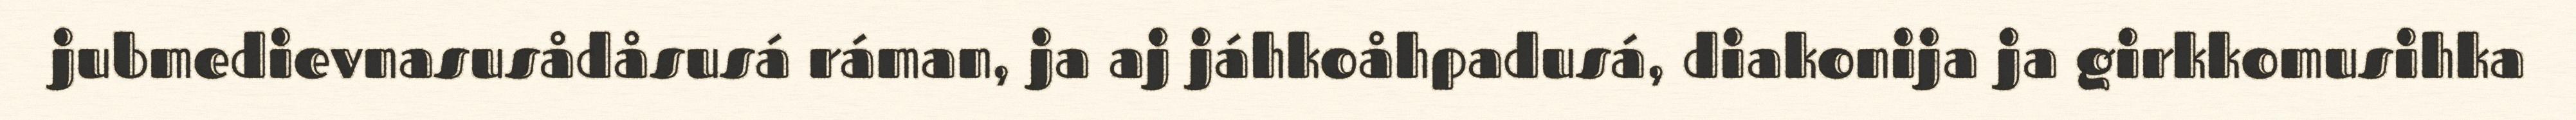
jubmedievnasusådåsusá ráman, ja aj jáhkoåhpadusá, diakonija ja girkkomusihka